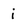
Character: i